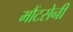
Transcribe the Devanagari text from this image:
मौंटसेनी